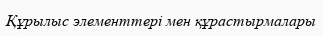
Құрылыс элементтері мен құрастырмалары